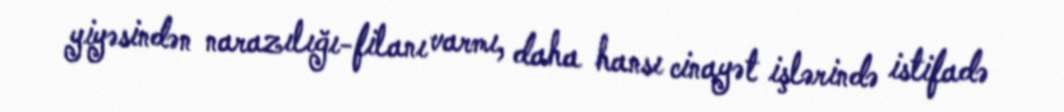
yiyəsindən narazılığı-filanı varmı, daha hansı cinayət işlərində istifadə